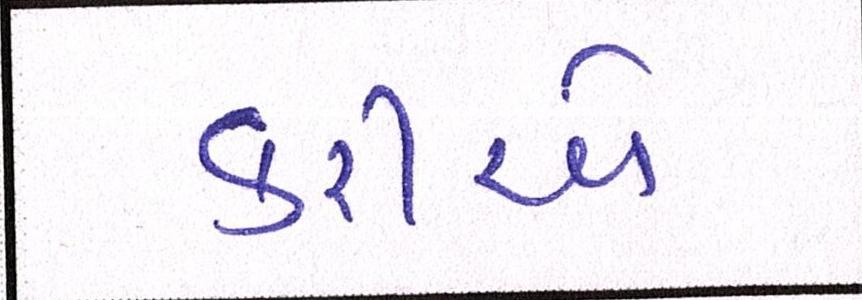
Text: કરીએ